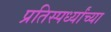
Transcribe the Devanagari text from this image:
प्रतिस्पर्ध्यांच्या